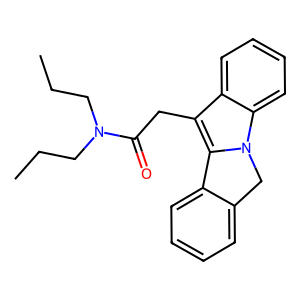
SMILES: CCCN(CCC)C(=O)Cc1c2n(c3ccccc13)Cc1ccccc1-2
Inhibits HIV replication: No